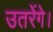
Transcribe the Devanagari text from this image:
उतरेंगे।